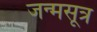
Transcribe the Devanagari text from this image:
जन्मसूत्र